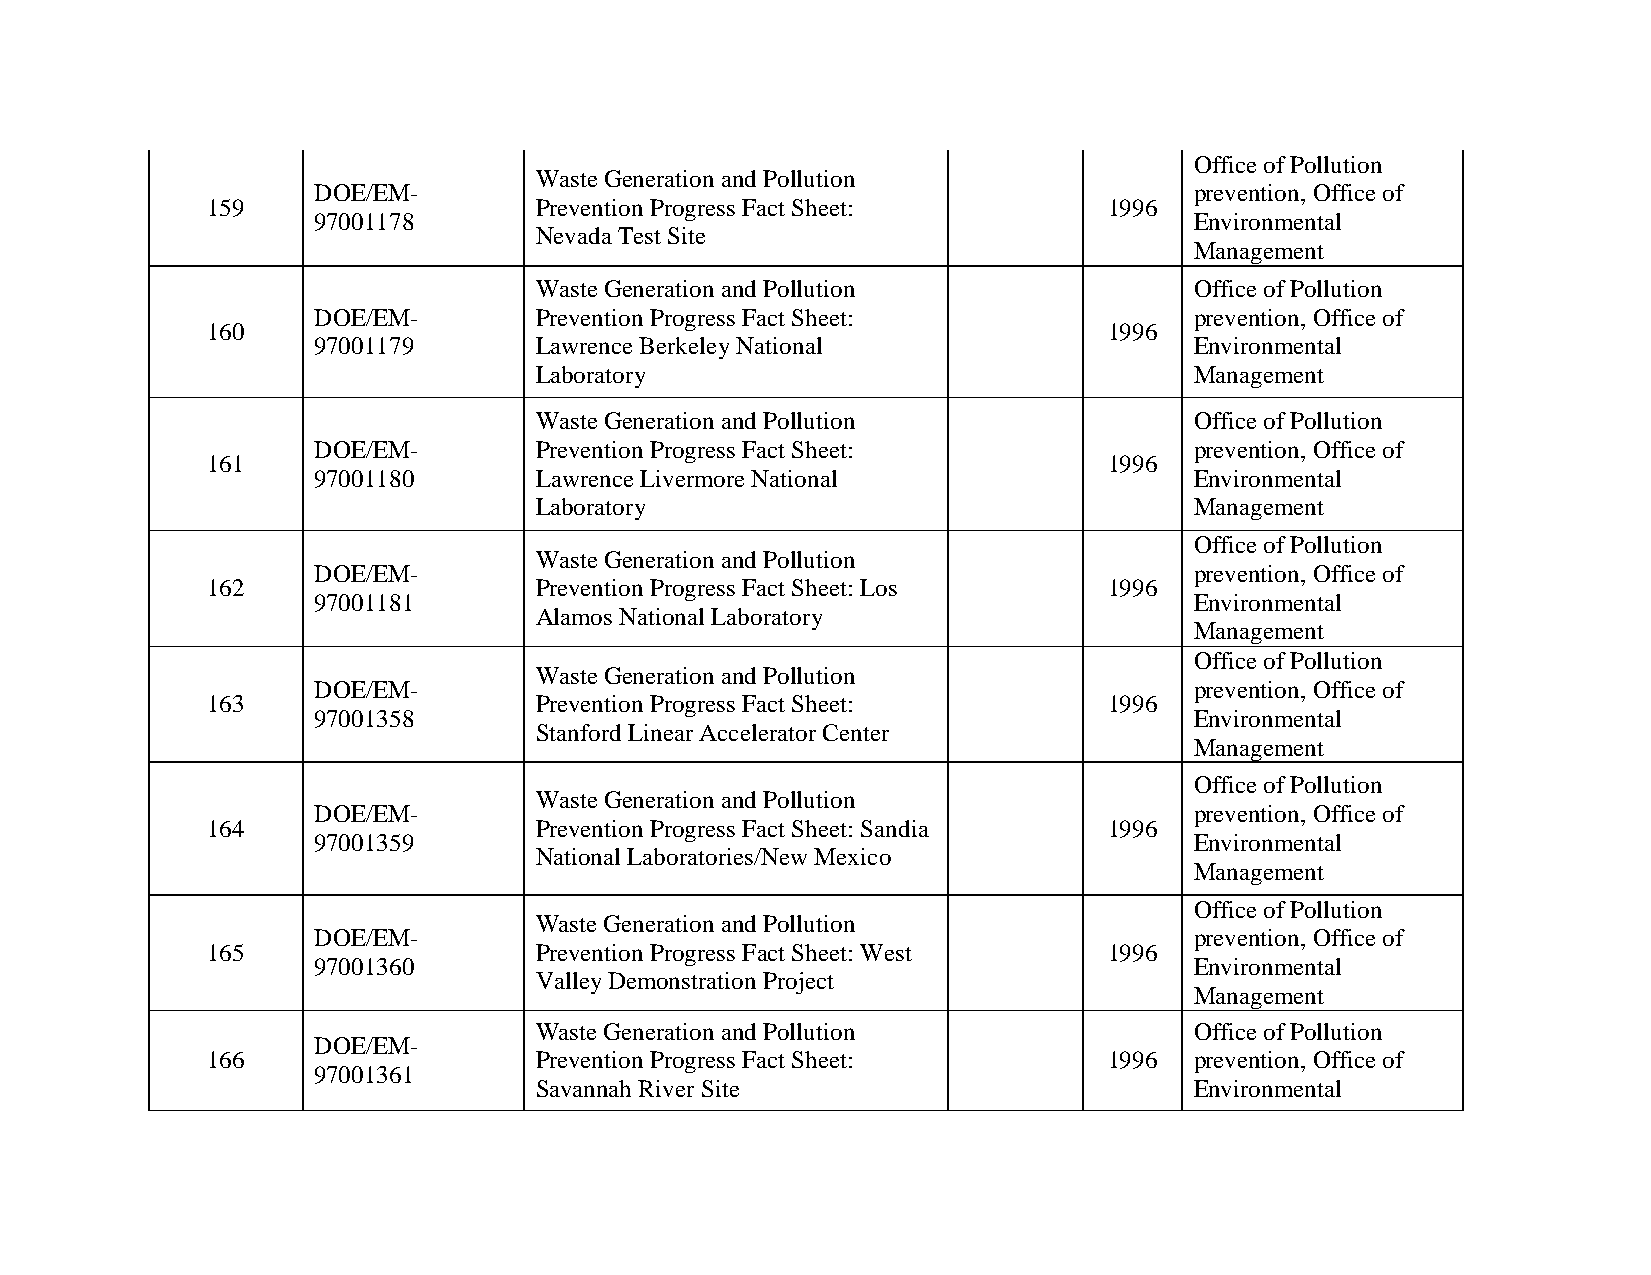
Office of Pollution
 Waste Generation and Pollution
 DOE/EM-                                                   prevention, Office of
 159                  Prevention Progress Fact Sheet:       1996
 97001178                                                  Environmental
 Nevada Test Site
 Management
 Waste Generation and Pollution              Office of Pollution
 DOE/EM-       Prevention Progress Fact Sheet:             prevention, Office of
 160                                                        1996
 97001179      Lawrence Berkeley National                  Environmental
 Laboratory                                  Management
 Waste Generation and Pollution              Office of Pollution
 DOE/EM-       Prevention Progress Fact Sheet:             prevention, Office of
 161                                                        1996
 97001180      Lawrence Livermore National                 Environmental
 Laboratory                                  Management
 Office of Pollution
 Waste Generation and Pollution
 DOE/EM-                                                   prevention, Office of
 162                  Prevention Progress Fact Sheet: Los   1996
 97001181                                                  Environmental
 Alamos National Laboratory
 Management
 Office of Pollution
 Waste Generation and Pollution
 DOE/EM-                                                   prevention, Office of
 163                  Prevention Progress Fact Sheet:       1996
 97001358                                                  Environmental
 Stanford Linear Accelerator Center
 Management
 Office of Pollution
 Waste Generation and Pollution
 DOE/EM-                                                   prevention, Office of
 164                  Prevention Progress Fact Sheet: Sandia 1996
 97001359                                                  Environmental
 National Laboratories/New Mexico
 Management
 Office of Pollution
 Waste Generation and Pollution
 DOE/EM-                                                   prevention, Office of
 165                  Prevention Progress Fact Sheet: West  1996
 97001360                                                  Environmental
 Valley Demonstration Project
 Management
 Waste Generation and Pollution              Office of Pollution
 DOE/EM-
 166                  Prevention Progress Fact Sheet:       1996  prevention, Office of
 97001361
 Savannah River Site                         Environmental